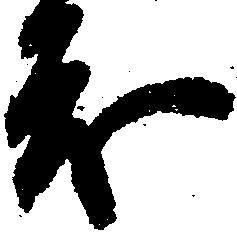
も